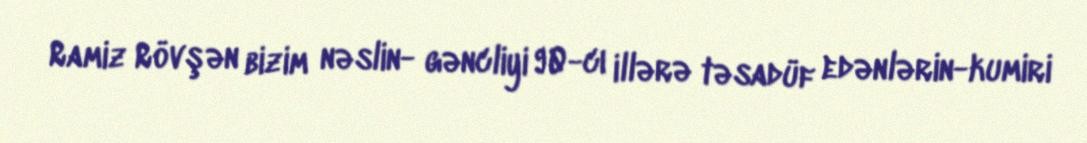
Ramiz Rövşən bizim nəslin- gəncliyi 90-cı illərə təsadüf edənlərin-kumiri